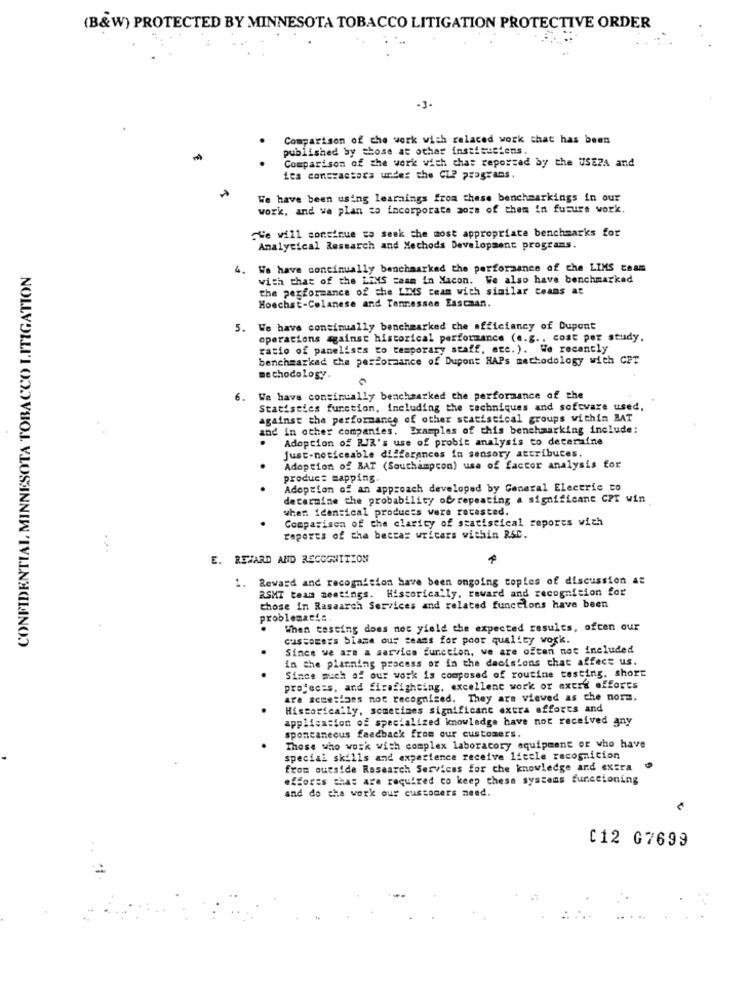
(B&W) PROTECTED BY MINNESOTA TOBACCO LITIGATION PROTECTIVE ORDER
-3-
Comparison of the work with ralaced work chat has been
published by those at other institutions.
Comparison of the work with chat reporzad by the USEZA and
ies contractors under the Ch programs.
We have been using learnings from these benchmarkings in our
work, and we plan to incorporate sors of them in future work.
"We will continue to seek the most appropriate benchmarks for
Analytical Research and Methods Development programs.
CONFIDENTIAL MINNESOTA TOBACCO LITIGATION
We have continually benchmarked the performance of the LIMS team
with that of the LIMS zaam in Xacon. We also have benchmarkad
the performance of the LIMS team with similar ceans at
Hoechst-Celanese and Tennessee Eascaan.
5. We have continually benchmarked che officiancy of Dupont
operations against historical performance (e.g .. cost per study,
ratio of panelists to temporary staff, etc.). We recently
benchmarkad the performance of Dupont HAPs methodology with CPT
methodology.
6.
We have continually beachmarked the performance of the
Statistics function, including the techniques and software used,
against the performance of other statistical groups within BAT
and in other companies.
Examples of this benchmarking include:
Adoption of RJR's use of probit analysis to determine
just-noticeable differences in sensory attribuces.
Adoption of BAT (Southampton) use of factor analysis for
produc: mapping.
Adoption of an approach developed by General Electric to
determine the probability of repeating a significant CPT win
when idensical products were recasted.
Comparison of the clarity of statistical repores with
reports of the beccar writers within RSC.
E. REWARD AND RECOGNITION
1.
Reward and recognition have been ongoing copies of discussion At
RSMT team meetings. Historically, reward and recognition for
those In Rasaarch Services and related functions have been
problematia
When testing does not yield the expected results, ofcen our
customers Siame our teams for poor quality work.
Since we are & sarvics function, we are often not included
in the planning process or in the decisions that affect us.
Since much of our work is composed of routine testing. short
projects, and firefighting, excellent work or extra efforts
ara scmesians not recognized. They are viewed as che norm.
Historically, sometimes significant extra efforts and
application of specialized knowledge have not received any
spontaneous feedback from our customers.
Those who work with complex laboratory equipment or who have
special skills and experience receive little recognition
from outside Research Services for the knowledge and extra
efforts that are required to keep these systems functioning
and do the work our customers need.
C12 G7699